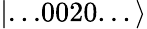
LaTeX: |...0020...\rangle